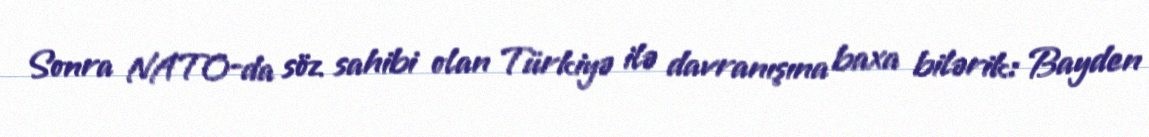
Sonra NATO-da söz sahibi olan Türkiyə ilə davranışına baxa bilərik: Bayden